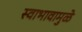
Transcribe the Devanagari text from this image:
स्वाभावामुळे